Leaving Certificate Examination (including Day School Certificate (Higher) General paper), 1929
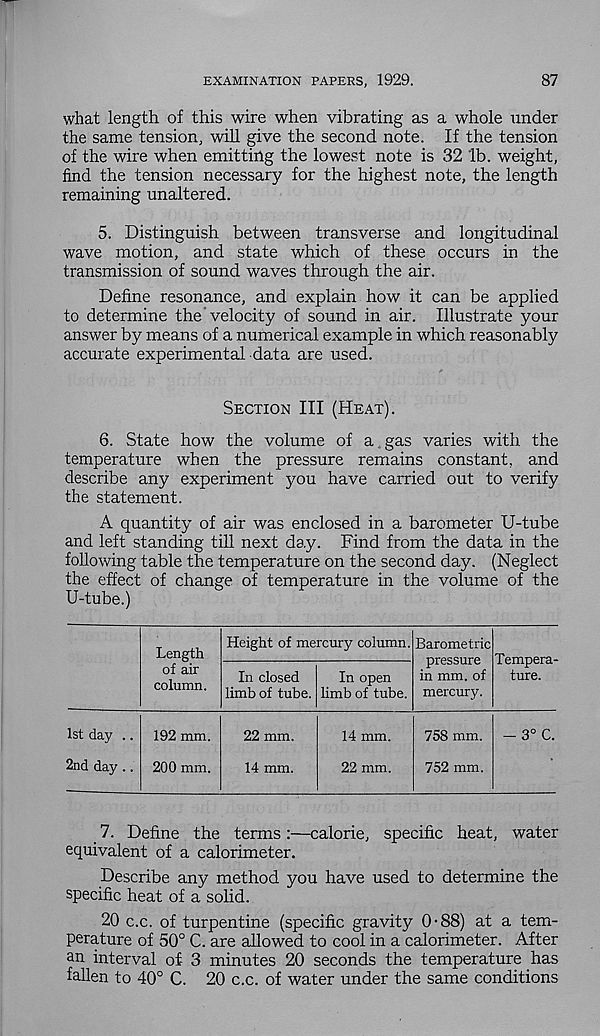
EXAMINATION PAPERS, 1929.
87
what length of this wire when vibrating as a whole under
the same tension, will give the second note. If the tension
of the wire when emitting the lowest note is 32 lb. weight,
find the tension necessary for the highest note, the length
remaining unaltered.
5. Distinguish between transverse and longitudinal
wave motion, and state which of these occurs in the
transmission of sound waves through the air.
Define resonance, and explain how it can be applied
to determine the velocity of sound in air. Illustrate your
answer by means of a numerical example in which reasonably
accurate experimental data are used.
Section III (Heat).
6. State how the volume of a gas varies with the
temperature when the pressure remains constant, and
describe any experiment you have carried out to verify
the statement.
A quantity of air was enclosed in a barometer U-tube
and left standing till next day. Find from the data in the
following table the temperature on the second day. (Neglect
the effect of change of temperature in the volume of the
U-tube.)
Length
of air
column.
Height of mercury column.
In closed
limb of tube.
In open
limb of tube.
Barometric
pressure
in mm. of
mercury.
Tempera-
ture.
1st day ..
2nd day..
192 mm.
200 mm.
22 mm.
14 mm.
14 mm.
22 mm.
758 mm.
752 mm.
- 3° C.
7. Define the terms:—calorie, specific heat, water
equivalent of a calorimeter.
Describe any method you have used to determine the
specific heat of a solid.
20 c.c. of turpentine (specific gravity 0-88) at a tem-
perature of 50° C. are allowed to cool in a calorimeter. After
an interval of- 3 minutes 20 seconds the temperature has
fallen to 40° C. 20 c.c. of water under the same conditions